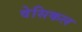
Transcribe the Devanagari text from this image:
वेसिकल